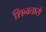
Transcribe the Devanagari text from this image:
शिनतारो